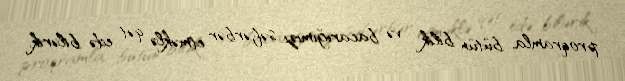
proqramla, bütün bilik və bacarığımızı səfərbər etməklə qət edə bilərik.